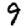
Digit: 9